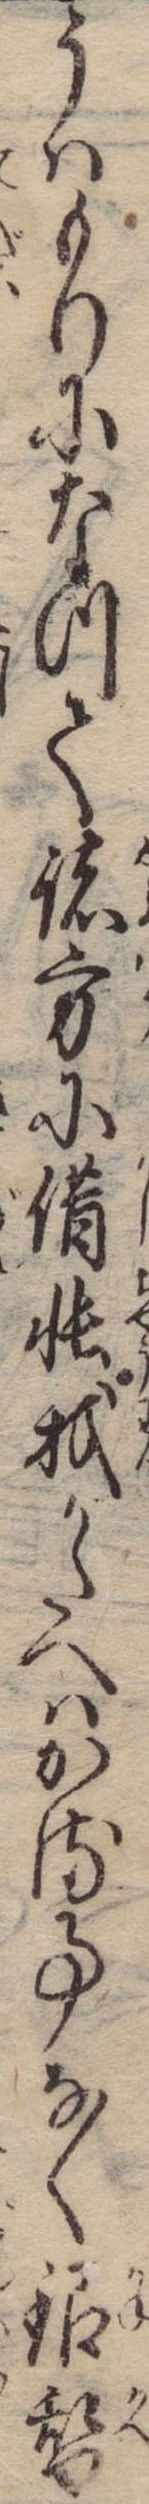
うはもりになつて諸方に借帳我かたへはかる事なく銀替